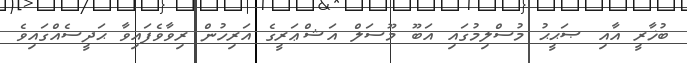
ބުޚާރީ އާއި ޞަޙީޙު މުސްލިމުގައި އަބޫ މޫސަލް އަޝްޢަރީގެ އަރިހުން ރިވާވެފައިވާ ޙަދީސެއްގައިވެ